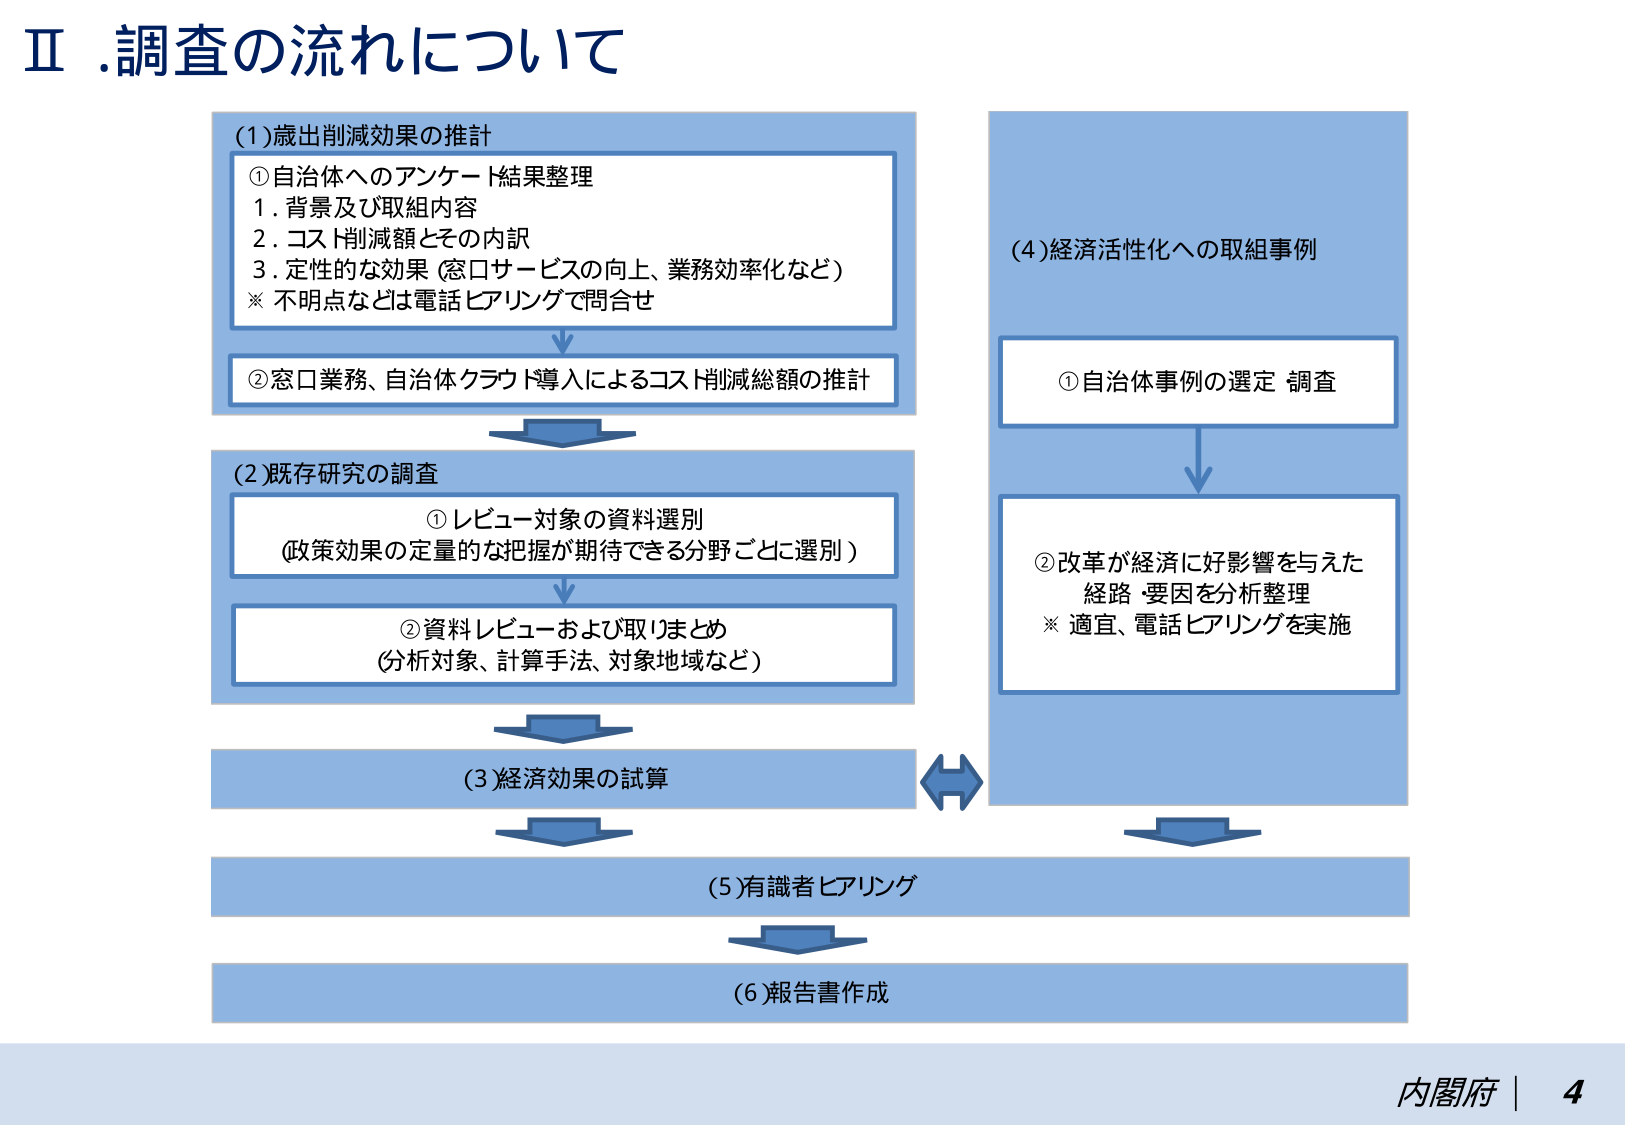
Ⅱ.調査の流れについて

(1)歳出削減効果の推計
①自治体へのアンケート結果整理
1. 背景及び取組内容
2. コスト削減額とその内訳
3. 定性的な効果（窓口サービスの向上、業務効率化など）
※ 不明点などは電話ヒアリングで問合せ

②窓口業務、自治体クラウド導入によるコスト削減総額の推計

(2)既存研究の調査
①レビュー対象の資料選別
（政策効果の定量的な把握が期待できる分野ごとに選別）
②資料レビューおよび取りまとめ
（分析対象、計算手法、対象地域など）

(3)経済効果の試算

(4)経済活性化への取組事例
①自治体事例の選定 調査
②改革が経済に好影響を与えた
経路・要因を分析整理
※ 適宜、電話ヒアリングを実施

(5)有識者ヒアリング

(6)報告書作成

内閣府 | 4